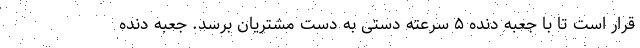
قرار است تا با جعبه دنده ۵ سرعته دستی به دست مشتریان برسد. جعبه دنده